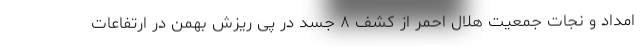
امداد و نجات جمعیت هلال احمر از کشف ۸ جسد در پی ریزش بهمن در ارتفاعات